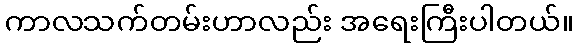
ကာလသက်တမ်းဟာလည်း အရေးကြီးပါတယ်။